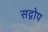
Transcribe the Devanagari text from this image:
सद्गोप